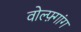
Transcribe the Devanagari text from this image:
वोल्फ़्गांग